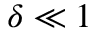
\delta \ll 1